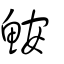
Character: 鮟